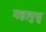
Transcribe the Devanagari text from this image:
महापुभु